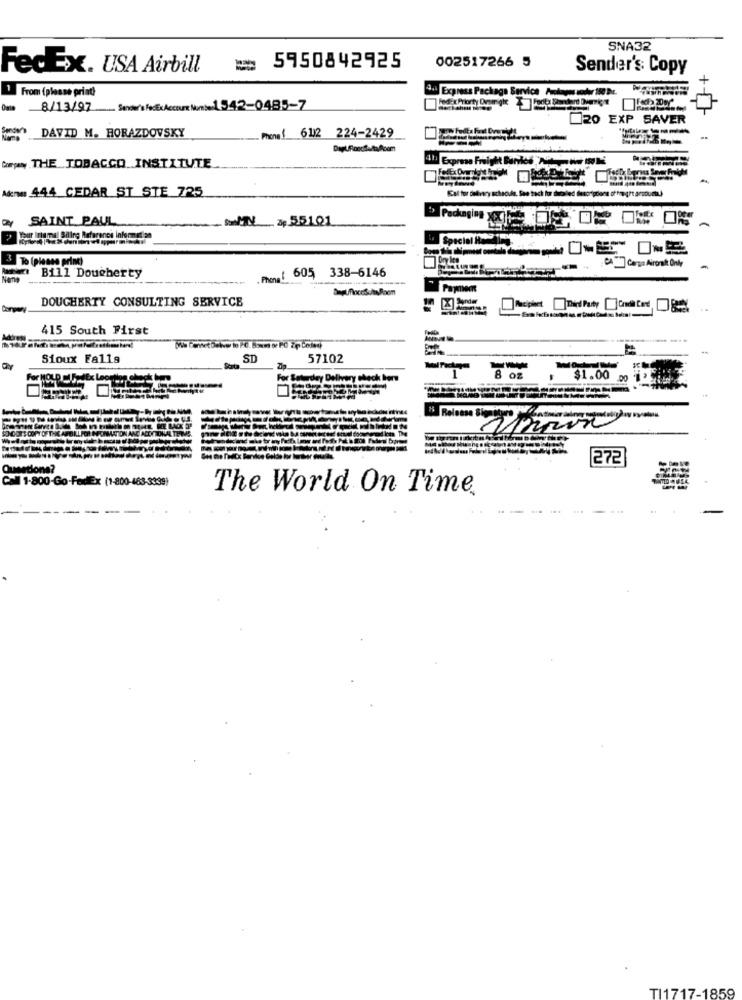
SNA32
002517266 5
FedEx. USA Airbill
=
5950842925
Sender's: Copy
From (please print)
Express Package Service Prokans soder 150 Dr.
8/13/97
Sender's FedEx Account Nome: 1542-0485-7
20 EXP SAVER
WOW> DAVID M. HORAZDOVSKY
Phone! 6112 224-2429
THE TOBACCO INSTITUTE
Aderw 444 CEDAR ST STE 725
Kal for delivery schecda. See bach for ducaled descriptions of hongPt arsoutha)
SAINT PAUL
V &p 55101
Special Ha
3 To (please print)
Dry les
Bill Dougherty
Phone : 605) 338-6146
Payment
DOUGHERTY CONSULTING SERVICE
415 South First
Sioux Falls
SD
57102
1
OF
For HOLD
For Saturday Delivery sheck born
$1.00
Release Sig
272
Questions?
Call 1-800-Go-FedEx (1-800-463-3339)
The World On Time
TI1717-1859